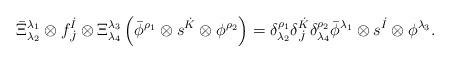
LaTeX: \begin{align*}\bar{\Xi}^{\lambda_1}_{\lambda_2} \otimes f^{\dot{I}}_{\dot{J}} \otimes \Xi^{\lambda_3}_{\lambda_4} \left( \bar{\phi}^{\rho_1} \otimes s^{\dot{K}} \otimes \phi^{\rho_2} \right) = \delta^{\rho_1}_{\lambda_2} \delta^{\dot{K}}_{\dot{J}} \delta_{\lambda_4}^{\rho_2} \bar{\phi}^{\lambda_1} \otimes s^{\dot{I}} \otimes \phi^{\lambda_3}.\end{align*}